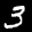
Label: 3